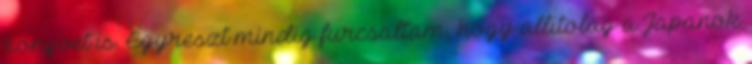
konyvet is. Egyreszt mindig furcsaltam, hogy allitolag a Japanok